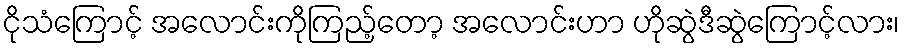
ငိုသံကြောင့် အလောင်းကိုကြည့်တော့ အလောင်းဟာ ဟိုဆွဲဒီဆွဲကြောင့်လား၊